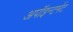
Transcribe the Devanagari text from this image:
अपॉइन्टमेंट